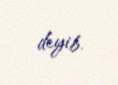
deyib.